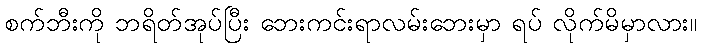
စက်ဘီးကို ဘရိတ်အုပ်ပြီး ဘေးကင်းရာလမ်းဘေးမှာ ရပ် လိုက်မိမှာလား။